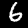
Digit: 6